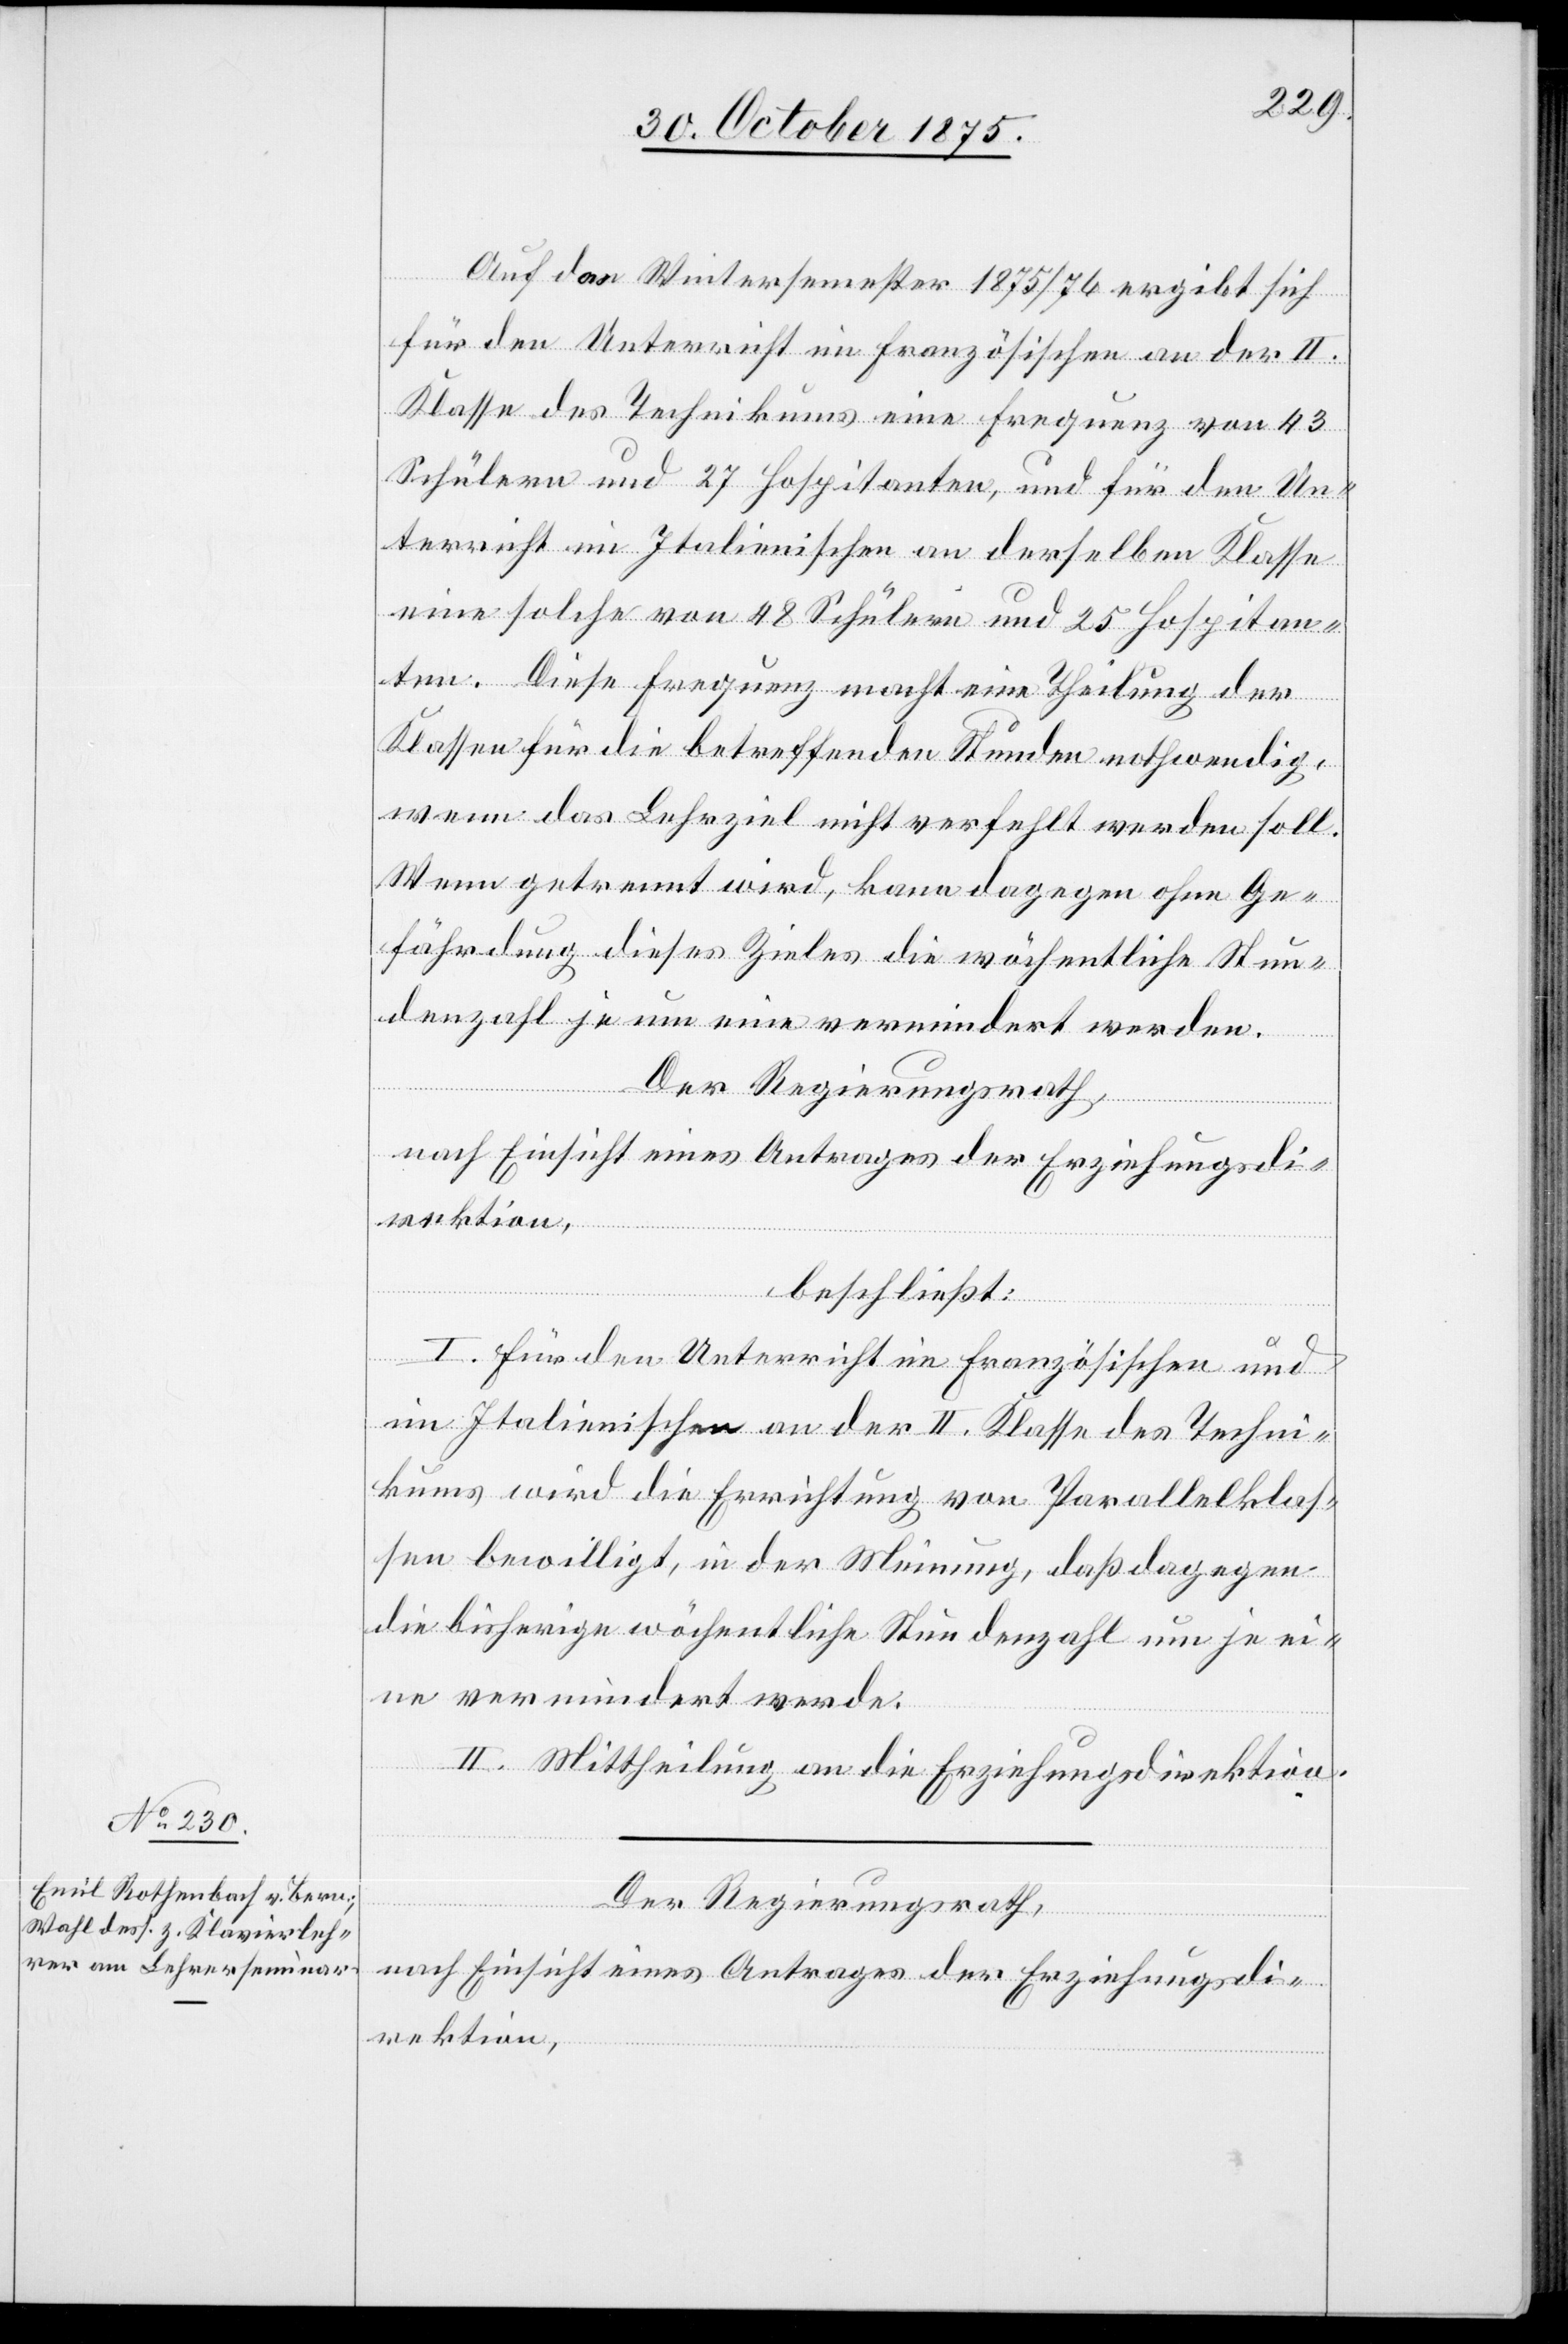
Auf das Wintersemester 1875/76 ergibt sich
für den Unterricht im Französischen an der II.
Klasse des Technikums eine Frequenz von 43
Schülern und 27 Hospitanten, und für den Un¬
terricht im Italienischen an derselben Klasse
eine solche von 48 Schülern und 25 Hospitan¬
ten. Diese Frequenz macht eine Theilung der
Klassen für die betreffenden Stunden nothwendig,
wenn das Lehrziel nicht verfehlt werden soll.
Wenn getrennt wird, kann dagegen ohne Ge¬
fährdung dieses Zieles die wöchentliche Stun¬
denzahl je um eine vermindert werden.
Der Regierungsrath,
nach Einsicht eines Antrages der Erziehungsdi¬
rektion,
beschließt:
I. Für den Unterricht im Französischen und
im Italienischen an der II. Klasse des Techni¬
kums wird die Errichtung von Parallelklas¬
sen bewilligt, in der Meinung, daß dagegen
die bisherige wöchentliche Stundenzahl um je ei¬
ne vermindert werde.
II. Mittheilung an die Erziehungsdirektion.
Der Regierungsrath,
nach Einsicht eines Antrages der Erziehungsdi¬
rektion,